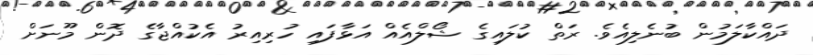
ދައްކާލަމުން ބުނެލިއެވެ. ރަތް ކުލައިގެ ޝޯލްއެއް އަޅާފައި ހުރިއިރު އެކުއްޖާގެ ދޮން މޫނަށް